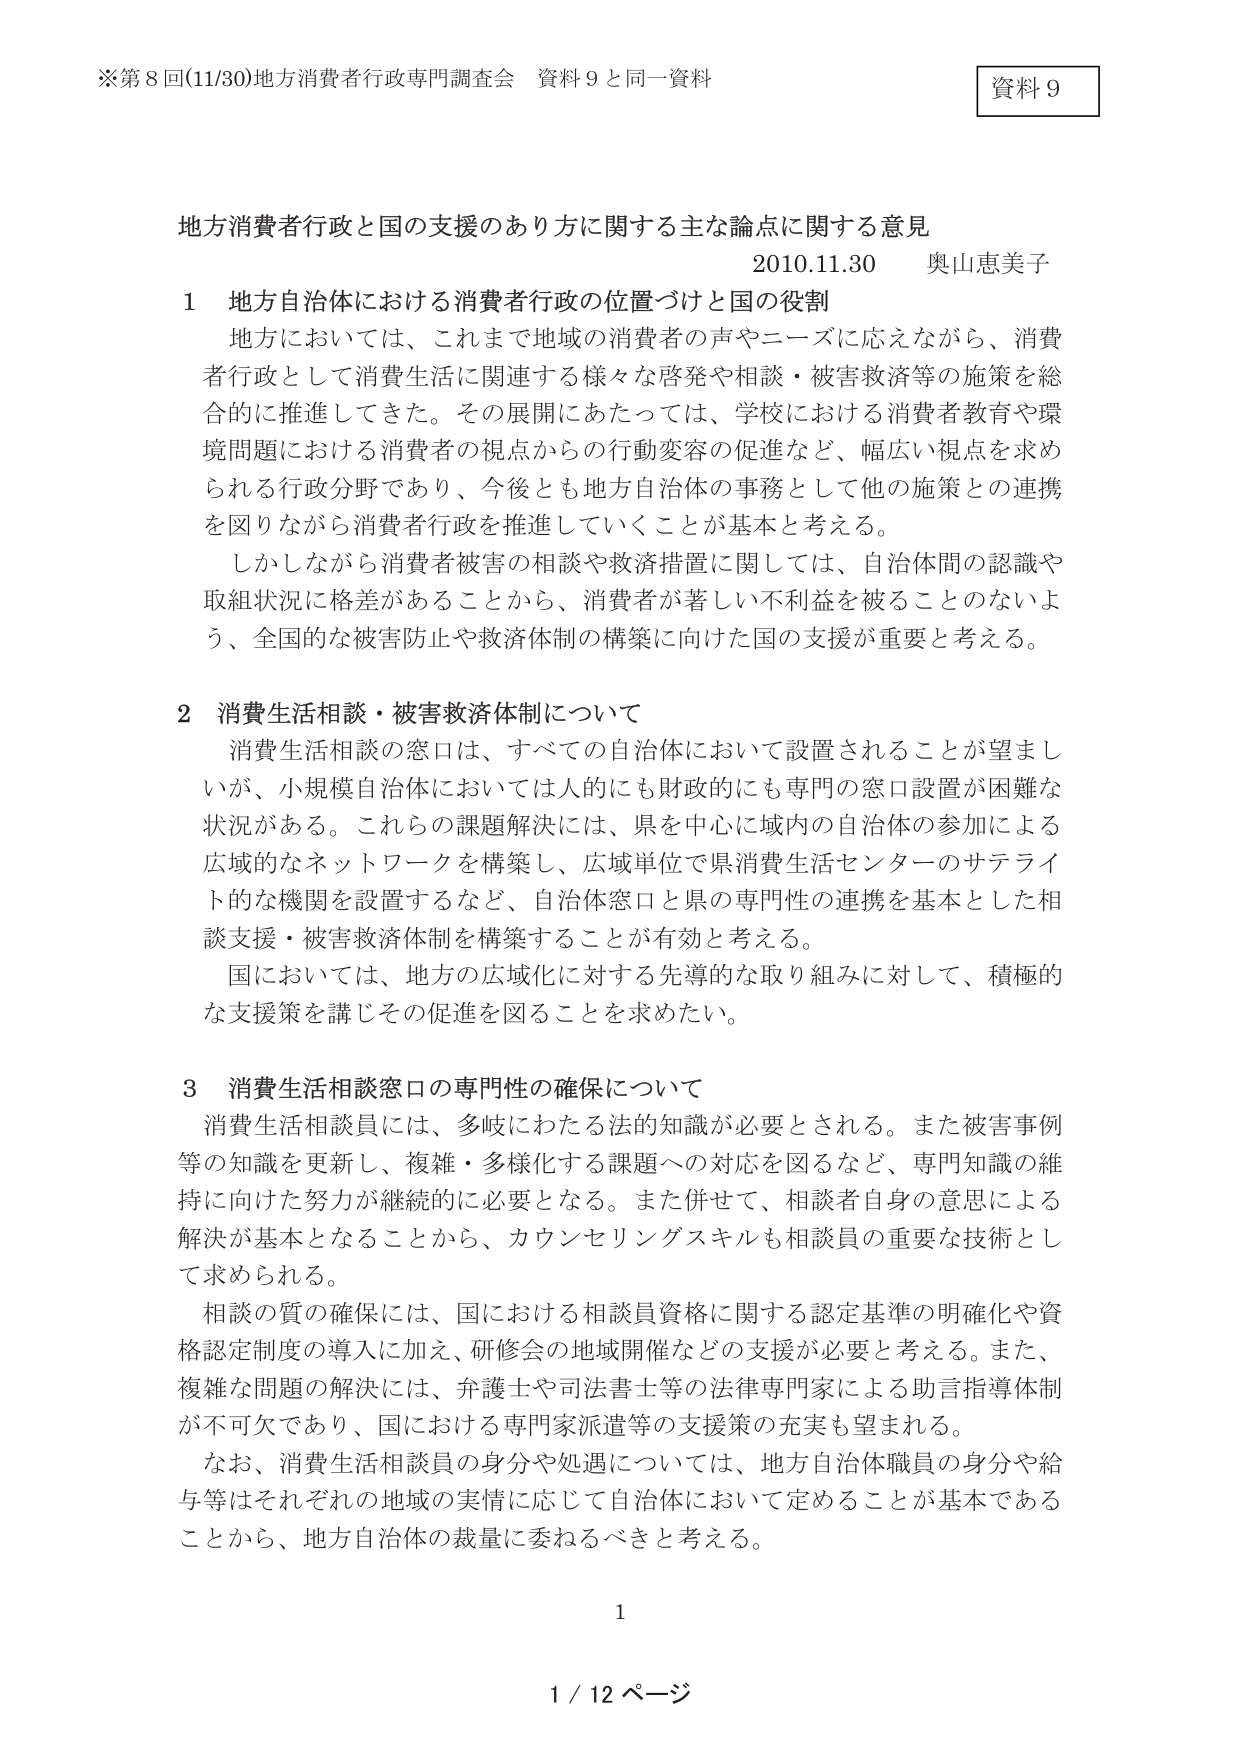
※第8回(11/30)地方消費者行政専門調査会 資料9と同一資料

資料9

地方消費者行政と国の支援のあり方に関する主な論点に関する意見
2010.11.30 奥山恵美子

1 地方自治体における消費者行政の位置づけと国の役割
地方においては、これまで地域の消費者の声やニーズに応えながら、消費者行政として消費生活に関連する様々な啓発や相談・被害救済等の施策を総合的に推進してきた。その展開にあたっては、学校における消費者教育や環境問題における消費者の視点からの行動変容の促進など、幅広い視点を求められる行政分野であり、今後とも地方自治体の事務として他の施策との連携を図りながら消費者行政を推進していくことが基本と考える。
しかしながら消費者被害の相談や救済措置に関しては、自治体間の認識や取組状況に格差があることから、消費者が著しい不利益を被ることのないよう、全国的な被害防止や救済体制の構築に向けた国の支援が重要と考える。

2 消費生活相談・被害救済体制について
消費生活相談の窓口は、すべての自治体において設置されることが望ましいが、小規模自治体においては人的にも財政的にも専門の窓口設置が困難な状況がある。これらの課題解決には、県を中心に域内の自治体の参加による広域的なネットワークを構築し、広域単位で県消費生活センターのサテライト的な機関を設置するなど、自治体窓口と県の専門性の連携を基本とした相談支援・被害救済体制を構築することが有効と考える。
国においては、地方の広域化に対する先導的な取り組みに対して、積極的な支援策を講じその促進を図ることを求めたい。

3 消費生活相談窓口の専門性の確保について
消費生活相談員には、多岐にわたる法的知識が必要とされる。また被害事例等の知識を更新し、複雑・多様化する課題への対応を図るなど、専門知識の維持に向けた努力が継続的に必要となる。また併せて、相談者自身の意思による解決が基本となることから、カウンセリングスキルも相談員の重要な技術として求められる。
相談の質の確保には、国における相談員資格に関する認定基準の明確化や資格認定制度の導入に加え、研修会の地域開催などの支援が必要と考える。また、複雑な問題の解決には、弁護士や司法書士等の法律専門家による助言指導体制が不可欠であり、国における専門家派遣等の支援策の充実も望まれる。
なお、消費生活相談員の身分や処遇については、地方自治体職員の身分や給与等はそれぞれの地域の実情に応じて自治体において定めることが基本であることから、地方自治体の裁量に委ねるべきと考える。

1
1 / 12 ページ